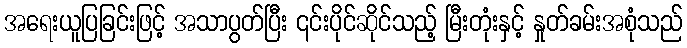
အရေးယူပြခြင်းဖြင့် အသာပွတ်ပြီး ၎င်းပိုင်ဆိုင်သည့် မြီးတုံးနှင့် နှုတ်ခမ်းအစုံသည်